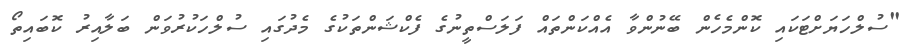
"ސުލްހަޔަށްޓަކައި ކޮންމެހެން ބޭނުންވާ އެއްކަންތައް ފަލަސްތީނުގެ ފެކްޝަންތަކުގެ މެދުގައި ސުލްހަކުރުވަން ބަލާއިރު ކޮބައިތޯ